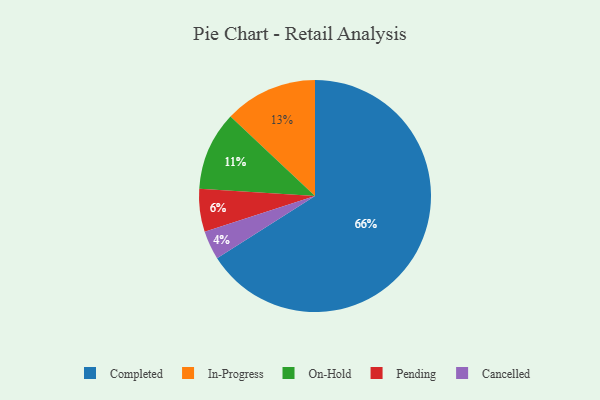
{"axis": {"x": "Category", "y": "Percentage"}, "legend": ["Cancelled", "Completed", "In-Progress", "On-Hold", "Pending"], "data": [{"x": "In-Progress", "y": 13, "type": "In-Progress"}, {"x": "Cancelled", "y": 4, "type": "Cancelled"}, {"x": "Completed", "y": 66, "type": "Completed"}, {"x": "Pending", "y": 6, "type": "Pending"}, {"x": "On-Hold", "y": 11, "type": "On-Hold"}]}